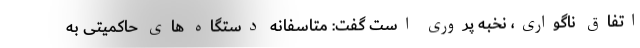
اتفاق ناگواری، نخبه پروری است گفت: متاسفانه دستگاه های حاکمیتی به